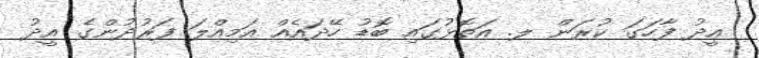
އީދު ފާހަގަ ކުރަން ލ. އަތޮޅުގައި ބޮޑު ހޭދައެއް އަމިއްލަ ފަރުދުންގެ އީދު